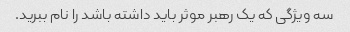
سه ویژگی که یک رهبر موثر باید داشته باشد را نام ببرید.